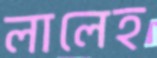
লালেহ